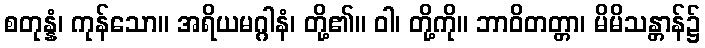
စတုန္နံ၊ ကုန်သော။ အရိယမဂ္ဂါနံ၊ တို့၏။ ဝါ၊ တို့ကို။ ဘာဝိတတ္တာ၊ မိမိသန္တာန်၌